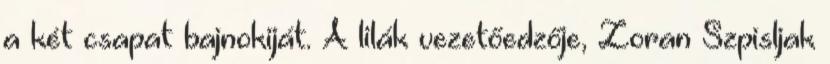
a két csapat bajnokiját. A lilák vezetőedzője, Zoran Szpisljak